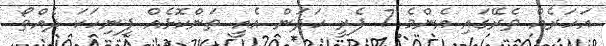
އަހަރެއް ތެރޭގައި އެންމެ 7 ފެރީ ހަދަން އެއީ ތަންކޮޅެއް ފިނިހަކަ ދެއްތޯ